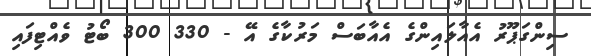
ސިންގަޕޫރު އެއާލައިންގެ އެއާބަސް މަރުކާގެ އޭ - 330 300 ބޯޓު ވެއްޓިފައި